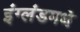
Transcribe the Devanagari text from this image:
इंग्लंडमधे